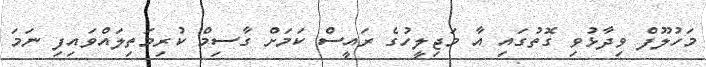
މަހުލޫފް ވިދާޅުވި ގޮތުގައި އާ މަޖިލީހުގެ ރައީސް ކަމަށް ގާސިމް ކުރިމަތިލައްވައިފި ނަމަ